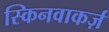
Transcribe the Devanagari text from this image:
स्किनवाकर्ज़